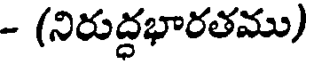
- (నిరుద్ధభారతము)